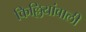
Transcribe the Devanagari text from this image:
किल्लियांवाली